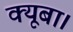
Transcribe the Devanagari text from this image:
क्यूबा।